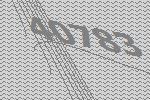
40783